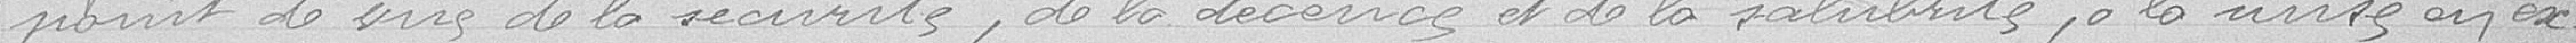
point de vue de la sécurité, de la décence et de la salubrité, à la mise en ex-